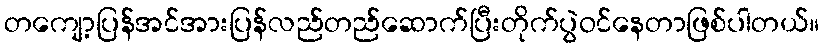
တကျော့ပြန်အင်အားပြန်လည်တည်ဆောက်ပြီးတိုက်ပွဲဝင်နေတာဖြစ်ပါတယ်။